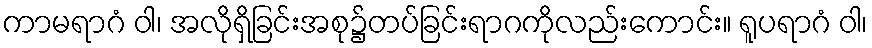
ကာမရာဂံ ဝါ၊ အလိုရှိခြင်းအစု၌တပ်ခြင်းရာဂကိုလည်းကောင်း။ ရူပရာဂံ ဝါ၊